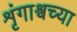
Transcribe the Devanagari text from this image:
शृंगाश्वच्या